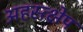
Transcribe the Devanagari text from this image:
अहस्त्क्षेप